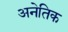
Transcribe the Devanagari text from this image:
अनेतिक